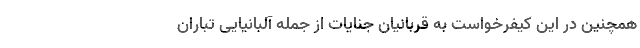
همچنین در این کیفرخواست به قربانیان جنایات از جمله آلبانیایی تباران